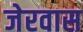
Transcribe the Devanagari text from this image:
जेरवास